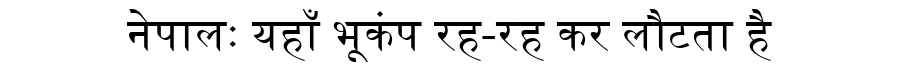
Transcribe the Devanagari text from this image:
नेपालः यहाँ भूकंप रह-रह कर लौटता है